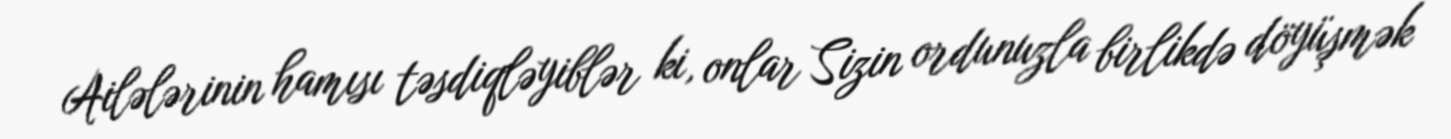
Ailələrinin hamısı təsdiqləyiblər ki, onlar Sizin ordunuzla birlikdə döyüşmək